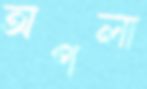
অপলা